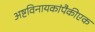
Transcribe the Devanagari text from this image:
अष्टविनायकांपैकीएक